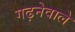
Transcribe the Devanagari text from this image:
गढ़नेवाले